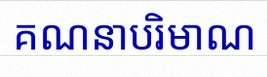
គណនាបរិមាណ